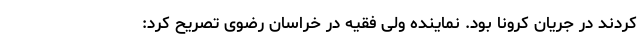
کردند در جریان کرونا بود. نماینده ولی فقیه در خراسان رضوی تصریح کرد: